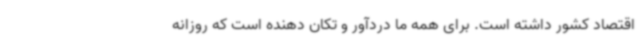
اقتصاد کشور داشته است. برای همه ما دردآور و تکان دهنده است که روزانه